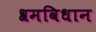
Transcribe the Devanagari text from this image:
श्रमविधान